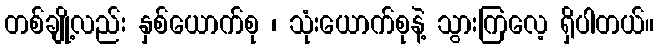
တစ်ချို့လည်း နှစ်ယောက်စု ၊ သုံးယောက်စုနဲ့ သွားကြလေ့ ရှိပါတယ်။